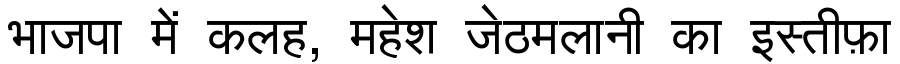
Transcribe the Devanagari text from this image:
भाजपा में कलह, महेश जेठमलानी का इस्तीफ़ा